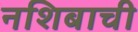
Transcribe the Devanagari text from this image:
नशिबाची